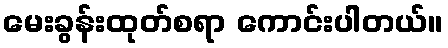
မေးခွန်းထုတ်စရာ ကောင်းပါတယ်။